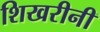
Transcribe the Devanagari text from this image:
शिखरीनी